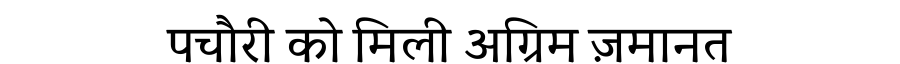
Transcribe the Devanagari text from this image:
पचौरी को मिली अग्रिम ज़मानत